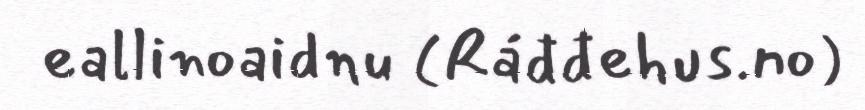
eallinoaidnu (Ráđđehus.no)